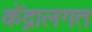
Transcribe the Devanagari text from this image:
केंद्रालगत